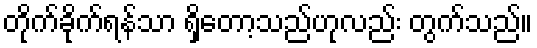
တိုက်ခိုက်ရန်သာ ရှိတော့သည်ဟုလည်း တွက်သည်။